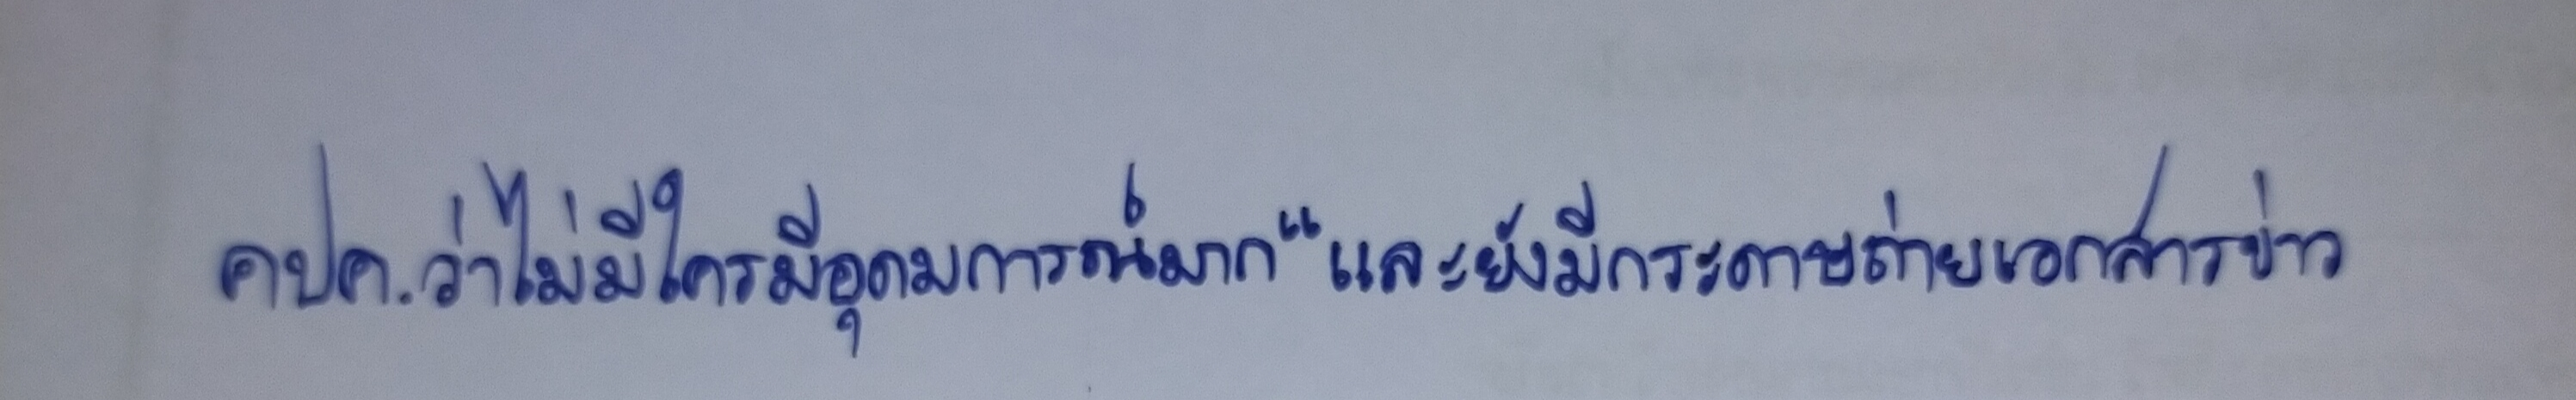
คปค.ว่าไม่มีใครมีอุดมการณ์มาก"และยังมีกระดาษถ่ายเอกสารข่าว